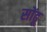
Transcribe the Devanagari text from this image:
सोंढू